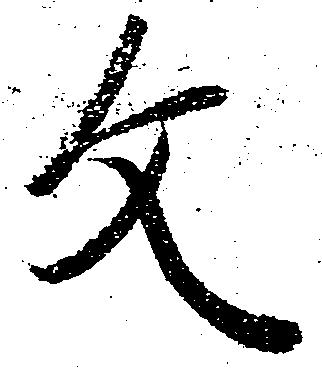
文